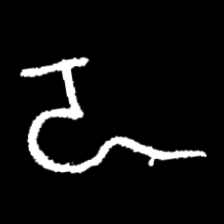
Pyu character \u2014 Myanmar letter: ဍ (romanized: dda)